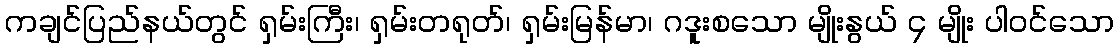
ကချင်ပြည်နယ်တွင် ရှမ်းကြီး၊ ရှမ်းတရုတ်၊ ရှမ်းမြန်မာ၊ ဂဒူးစသော မျိုးနွယ် ၄ မျိုး ပါဝင်သော